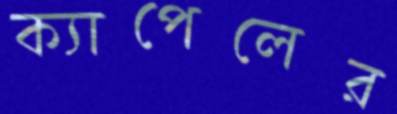
ক্যাপেলের